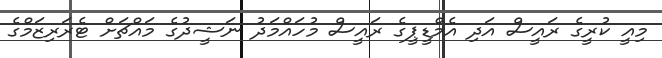
މިއީ ކުރީގެ ރައީސް އަދި އެމްޑީޕީގެ ރައީސް މުހައްމަދު ނަޝީދުގެ މައްޗަށް ޓެރަރިޒަމްގެ